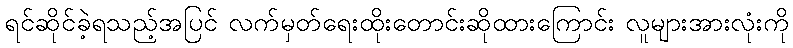
ရင်ဆိုင်ခဲ့ရသည့်အပြင် လက်မှတ်ရေးထိုးတောင်းဆိုထားကြောင်း လူများအားလုံးကို